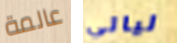
عالمة ليالي